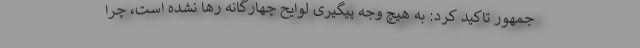
جمهور تاکید کرد: به هیچ وجه پیگیری لوایح چهارگانه رها نشده است، چرا